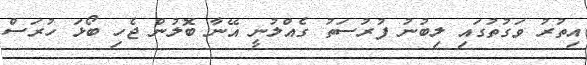
އިތުރު ވަގުތުގައި ލިބުނު ފުރުސަތު ގެއްލުނީ އޭނާ ބޮލުން ޖެހި ބޯޅަ ހުރަސް